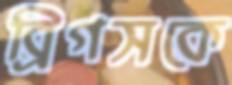
ব্রিগসকে